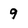
Character: 9